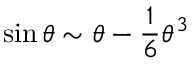
\sin \theta \sim \theta - \frac { 1 } { 6 } \theta ^ { 3 }